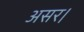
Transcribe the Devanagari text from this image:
असर।